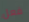
فعل